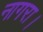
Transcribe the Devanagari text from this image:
नागरा।